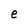
Character: e